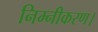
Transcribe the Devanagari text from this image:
निम्नीकरण।